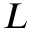
L